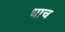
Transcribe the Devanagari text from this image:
धाच